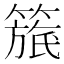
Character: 𥲬